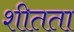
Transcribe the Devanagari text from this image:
शीतता